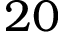
2 0